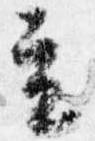
立